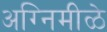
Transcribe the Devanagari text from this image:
अग्निमीळे